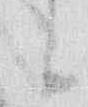
々